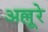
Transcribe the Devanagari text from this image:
अल्लूरे